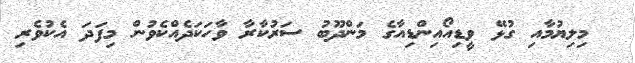
މިލިޔުމާއި ގުޅޭ ވީޑިއޯއިންޑިއާގެ މަންދޫބު ސަރުކާރާ ވާހަކަދެއްކެވުން މިފަދަ އެކުވެރި